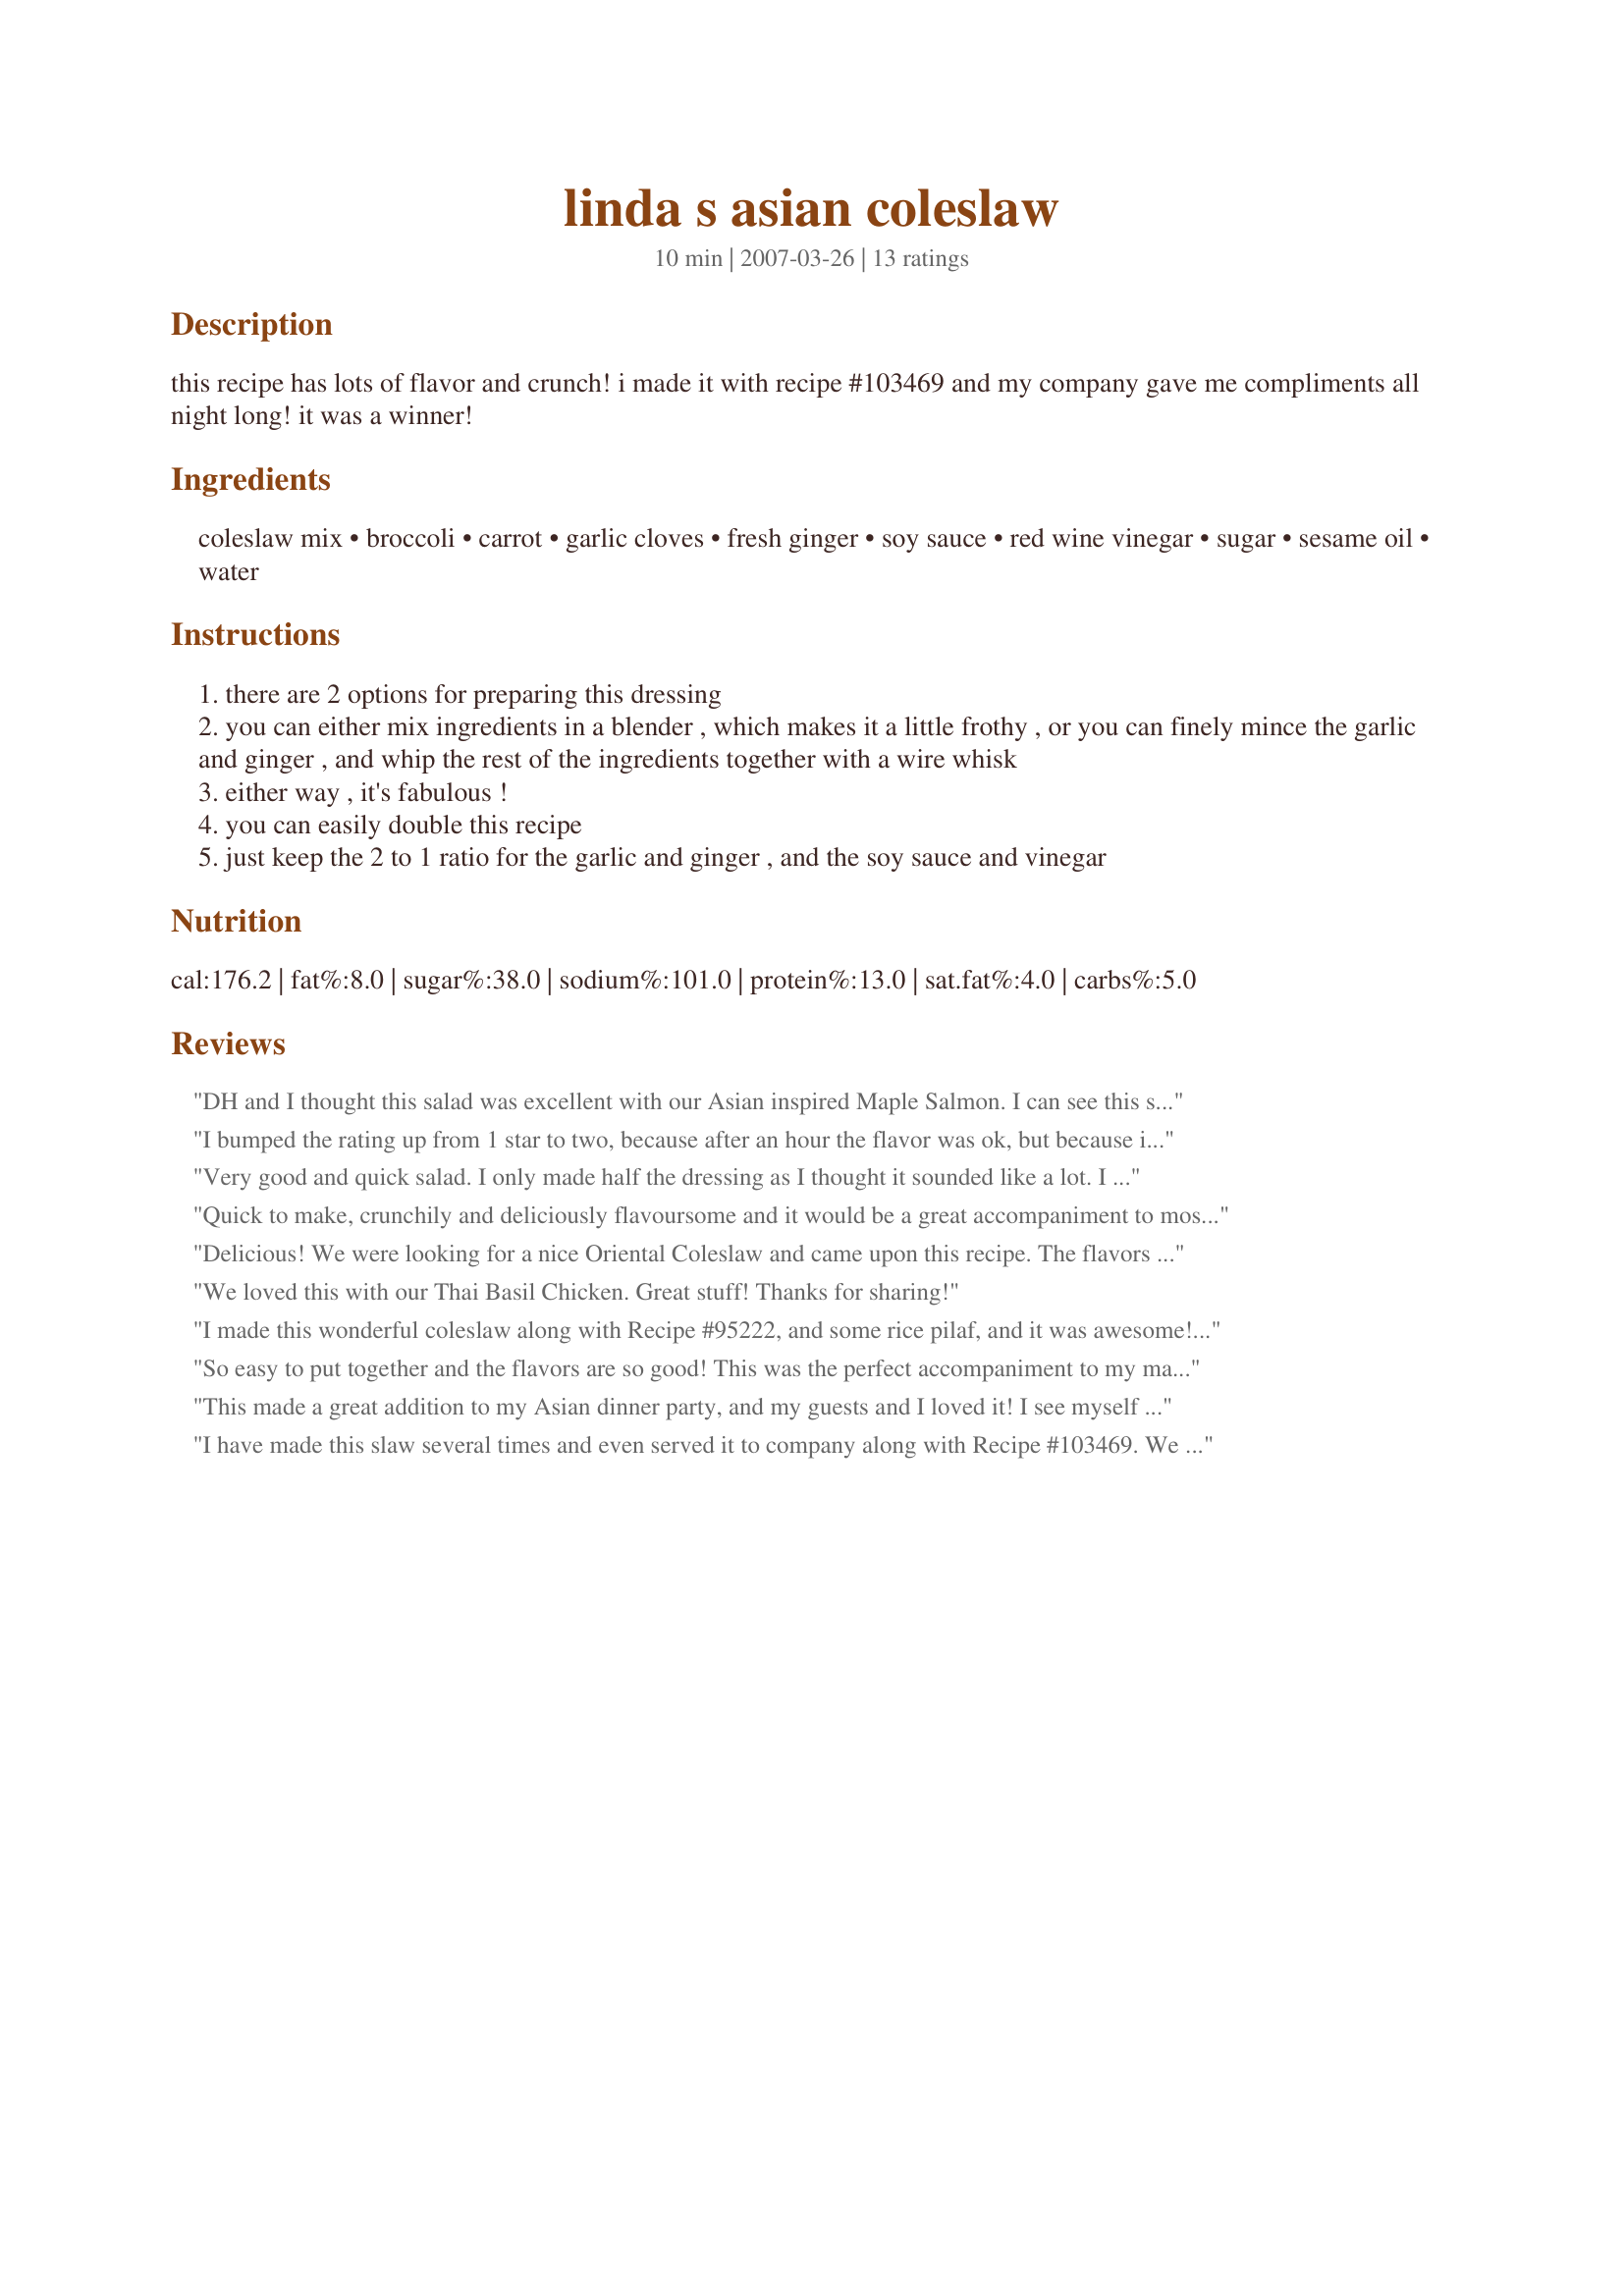
linda s asian coleslaw
Preparation time: 10 minutes

this recipe has lots of flavor and crunch!

i made it with recipe #103469 and my company gave me compliments all night long! it was a winner!

Ingredients:
coleslaw mix, broccoli, carrot, garlic cloves, fresh ginger, soy sauce, red wine vinegar, sugar, sesame oil, water

Steps:
there are 2 options for preparing this dressing
you can either mix ingredients in a blender , which makes it a little frothy , or you can finely mince the garlic and ginger , and whip the rest of the ingredients together with a wire whisk
either way , it's fabulous !
you can easily double this recipe
just keep the 2 to 1 ratio for the garlic and ginger , and the soy sauce and vinegar

Reviews:
DH and I thought this salad was excellent with our Asian inspired Maple Salmon. I can see this salad being a part of a good many of our dinners in the future. Very good!
I bumped the rating up from 1 star to two, because after an hour the flavor was ok, but because it was so visually unappealing, I would never serve it to guests. I followed the dressing instructions as written, except for the vinegar. I had no red wine vinegar, so had to use what I had on hand, a combo of sushi vinegar and white wine vinegar. The soy sauce in this turned the whole thing to an unpleasant brown color. Sorry, I hate to be the one dissenting review, but I wouldn&#039;t make this again. The slaw in my bowl looked nothing like the picture.
Very good and quick salad. I only made half the dressing as I thought it sounded like a lot. I was short on broccoli so added sugar snap peas and bean sprouts. Served with Recipe #454762.
Quick to make, crunchily and deliciously flavoursome and it would be a great accompaniment to most pasta or meat dishes. Loved it! :) Thanks for sharing, Linda! Made for Zaar Stars Tag.
Delicious! We were looking for a nice Oriental Coleslaw and came upon this recipe. The flavors were exactly what we were looking for, and we now have a great recipe to use when we want slaw to accompany our Asian meat or fish dishes! Tony
We loved this with our Thai Basil Chicken. Great stuff! Thanks for sharing!
I made this wonderful coleslaw along with Recipe #95222, and some rice pilaf, and it was awesome! This recipe will go great with many of the meals I prepare from Asian inspired recipes to Thai and Japanese favorites. Heck, it will be good with a piece of steak or grilled chicken! We loved it!
So easy to put together and the flavors are so good! This was the perfect accompaniment to my main course Recipe #258664. This can be used with any type of Asian dish to complete the meal! Loved this!
This made a great addition to my Asian dinner party, and my guests and I loved it! I see myself making this often with my Chinese, Thai or Japanese recipes! Thanks!
I have made this slaw several times and even served it to company along with Recipe #103469. We think the slaw is superb and with the salmon, can't be beat. What a duo!
The photo had me at first glance! The salad had me at first bite! I am adding this to my favorites because is so quick to prepare and such a great change of pace from regular coleslaw! I loved the blend of Asian influenced ingredients in this slaw, and I will make it many many times now!
Delicious and crunchy. I used a bag of broccoli cole slaw mix from the supermarket for ours and it was superb! Couldn&#039;t be simpler to make. I enjoy the fact it uses fresh ingredients and is very low in calories and fat as well, unlike traditional coleslaws which rely on mayonnaise. Will make again.
A nice lunch this made today! I enjoyed the Asian flavors. Thanks Linda! 
:D
